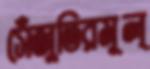
সেঁজুতিরমূল্